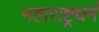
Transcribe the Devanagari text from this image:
महाराष्ट्रधर्म